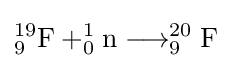
_{9}^{19}{\text{F}}+_{0}^{1}{\text{n}}\longrightarrow _{9}^{20}{\text{F}}